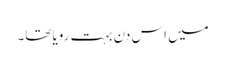
میں اس دن بہت رویا تھا۔